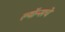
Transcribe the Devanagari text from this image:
ल्यॉन्सचे